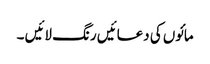
مائوں کی دعائیں رنگ لائیں ۔